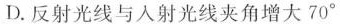
D.反射光线与入射光线夹角增大70°